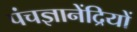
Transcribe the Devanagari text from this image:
पंचज्ञानेंद्रियों